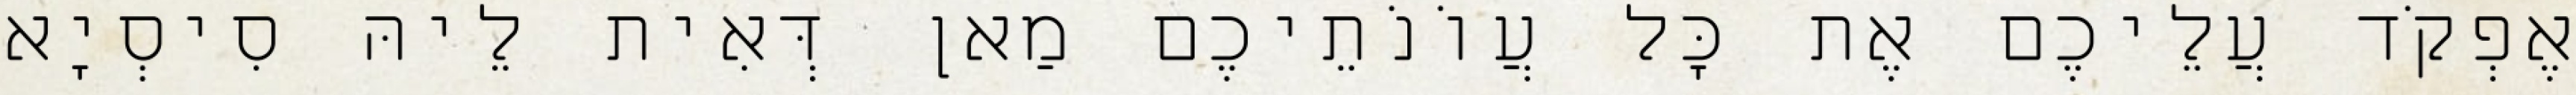
אֶפְקֹד עֲלֵיכֶם אֶת כׇּל עֲוֹנֹתֵיכֶם מַאן דְּאִית לֵיהּ סִיסְיָא